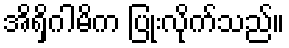
အိရှိဂါမိက ပြုံးလိုက်သည်။